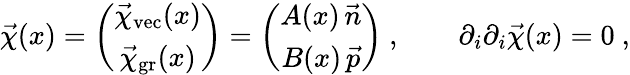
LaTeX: \vec{\chi}(x)=\left(\begin{array}{c}{{\vec{\chi}_{\mathrm{vec}}(x)}}\\ {{\vec{\chi}_{\mathrm{gr}}(x)}}\end{array}\right)=\left(\begin{array}{c}{{A(x)\, \vec{n}}}\\ {{B(x)\, \vec{p}}}\end{array}\right)\ ,\qquad\partial_{i}\partial_{i}\vec{\chi}(x)=0\ ,